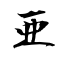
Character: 亜